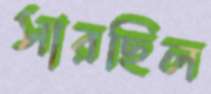
সারছিল